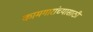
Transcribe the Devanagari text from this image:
कामगारांच्यासाठी